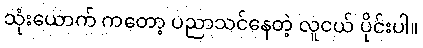
သုံးယောက် ကတော့ ပညာသင်နေတဲ့ လူငယ် ပိုင်းပါ။